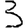
Digit: 3